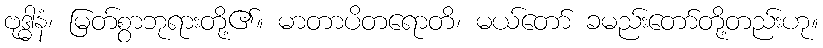
ဗုဒ္ဓါနံ၊ မြတ်စွာဘုရားတို့၏။ မာတာပိတရောတိ၊ မယ်တော် ခမည်းတော်တို့တည်းဟု။